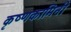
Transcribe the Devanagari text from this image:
कृष्णकामिनी